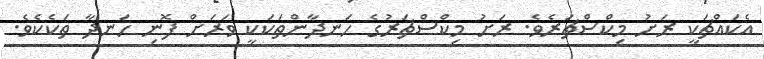
އެކައްޗަކީ ރަށު މިކްސްޗަރެވެ. ރަށު މިކްސްޗަރުގެ ހަނދާންތަކަކީ ވަރަށް ފޮނި ހަނދާ ތަކެކެވެ.